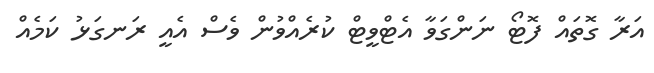
އަރާ ގޮތައް ފޮޓޯ ނަންގަވާ އެޓްވީޓް ކުރެއްވުން ވެސް އެއީ ރަނގަޅު ކަމެއް